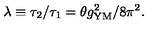
\lambda \equiv \tau _ { 2 } / \tau _ { 1 } = \theta g _ { \mathrm { Y M } } ^ { 2 } / 8 \pi ^ { 2 } .